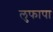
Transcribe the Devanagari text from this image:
लुफापा